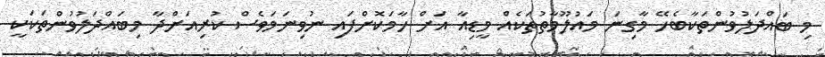
މި ބައްދަލުވުންތަކާބެހޭ މާގިނަ މައުލޫމާތުތަކެއް މީޑިއާ އަށް ހާމަކޮށްފައި ނުވިނަމަވެސް ކުރިއަށްދާ މިބައްދަލުވުންތަކަކީ